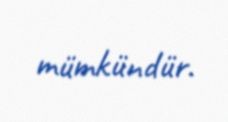
mümkündür.